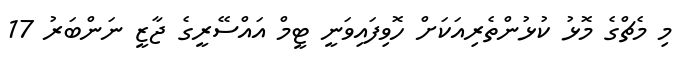
މި މެޗްގެ މޮޅު ކުޅުންތެރިއަކަށް ހޮވިފައިވަނީ ޓީމް އައްސޭރީގެ ޖާޒީ ނަންބަރު 17